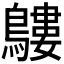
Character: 𪅛